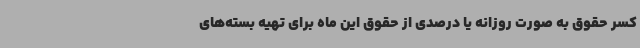
کسر حقوق به صورت روزانه یا درصدی از حقوق این ماه برای تهیه بسته‌های